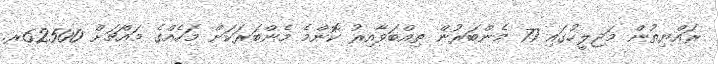
ރައްޔިތުން މަޖިލީހުގައި 77 މެންބަރުން ތިއްބަވާއިރު ކޮންމެ މެންބަރަކަށް މަހެއްގެ މައްޗަށް 62500ރ.